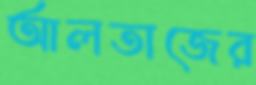
আলতাজের